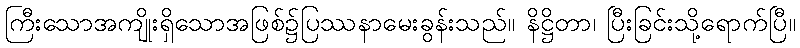
ကြီးသောအကျိုးရှိသောအဖြစ်၌ပြဿနာမေးခွန်းသည်။ နိဋ္ဌိတာ၊ ပြီးခြင်းသို့ရောက်ပြီ။